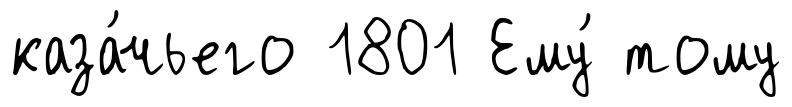
каза́чьего 1801 Ему́ тому